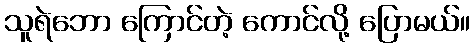
သူရဲဘော ကြောင်တဲ့ ကောင်လို့ ပြောမယ်။